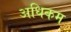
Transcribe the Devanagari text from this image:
अधिकम